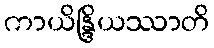
ကာယိန္ဒြိယဿာတိ